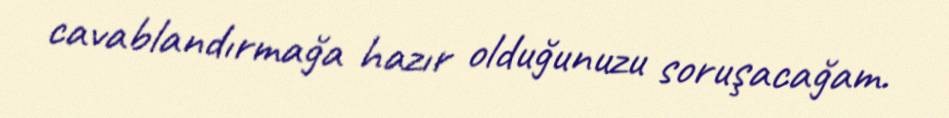
cavablandırmağa hazır olduğunuzu soruşacağam.